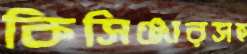
কিসিঞ্জারসহ